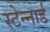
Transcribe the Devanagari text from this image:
स्टेन्नार्ड